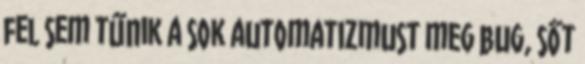
fel sem tűnik a sok automatizmust meg bug, sőt